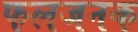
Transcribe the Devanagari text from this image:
फलजनक